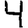
Digit: 4